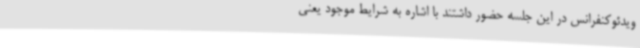
ویدئوکنفرانس در این جلسه حضور داشتند با اشاره به شرایط موجود یعنی